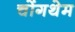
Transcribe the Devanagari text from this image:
चोंगथेम